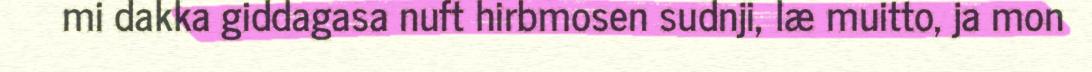
mi dakka giddagasa nuft hirbmosen sudnji, læ muitto, ja mon